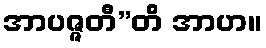
အာပဇ္ဇတီ”တိ အာဟ။